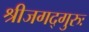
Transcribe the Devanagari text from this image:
श्रीजगद्गुरुः